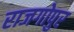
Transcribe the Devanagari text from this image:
राजगोपुर